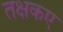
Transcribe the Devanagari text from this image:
तक्षकए